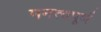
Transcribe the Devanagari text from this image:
मनत्वपूर्ण